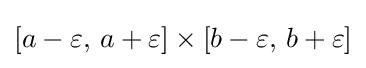
\left[a-\varepsilon ,\,a+\varepsilon \right]\times \left[b-\varepsilon ,\,b+\varepsilon \right]